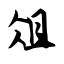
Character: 俎